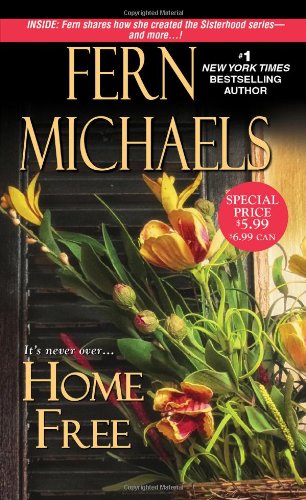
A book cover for Home Free (Sisterhood); Fern Michaels; Romance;